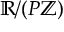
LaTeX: \mathbb { R } / ( P \mathbb { Z } )